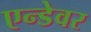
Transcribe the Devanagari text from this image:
एन्डेवर